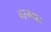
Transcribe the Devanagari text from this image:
बरम्बार